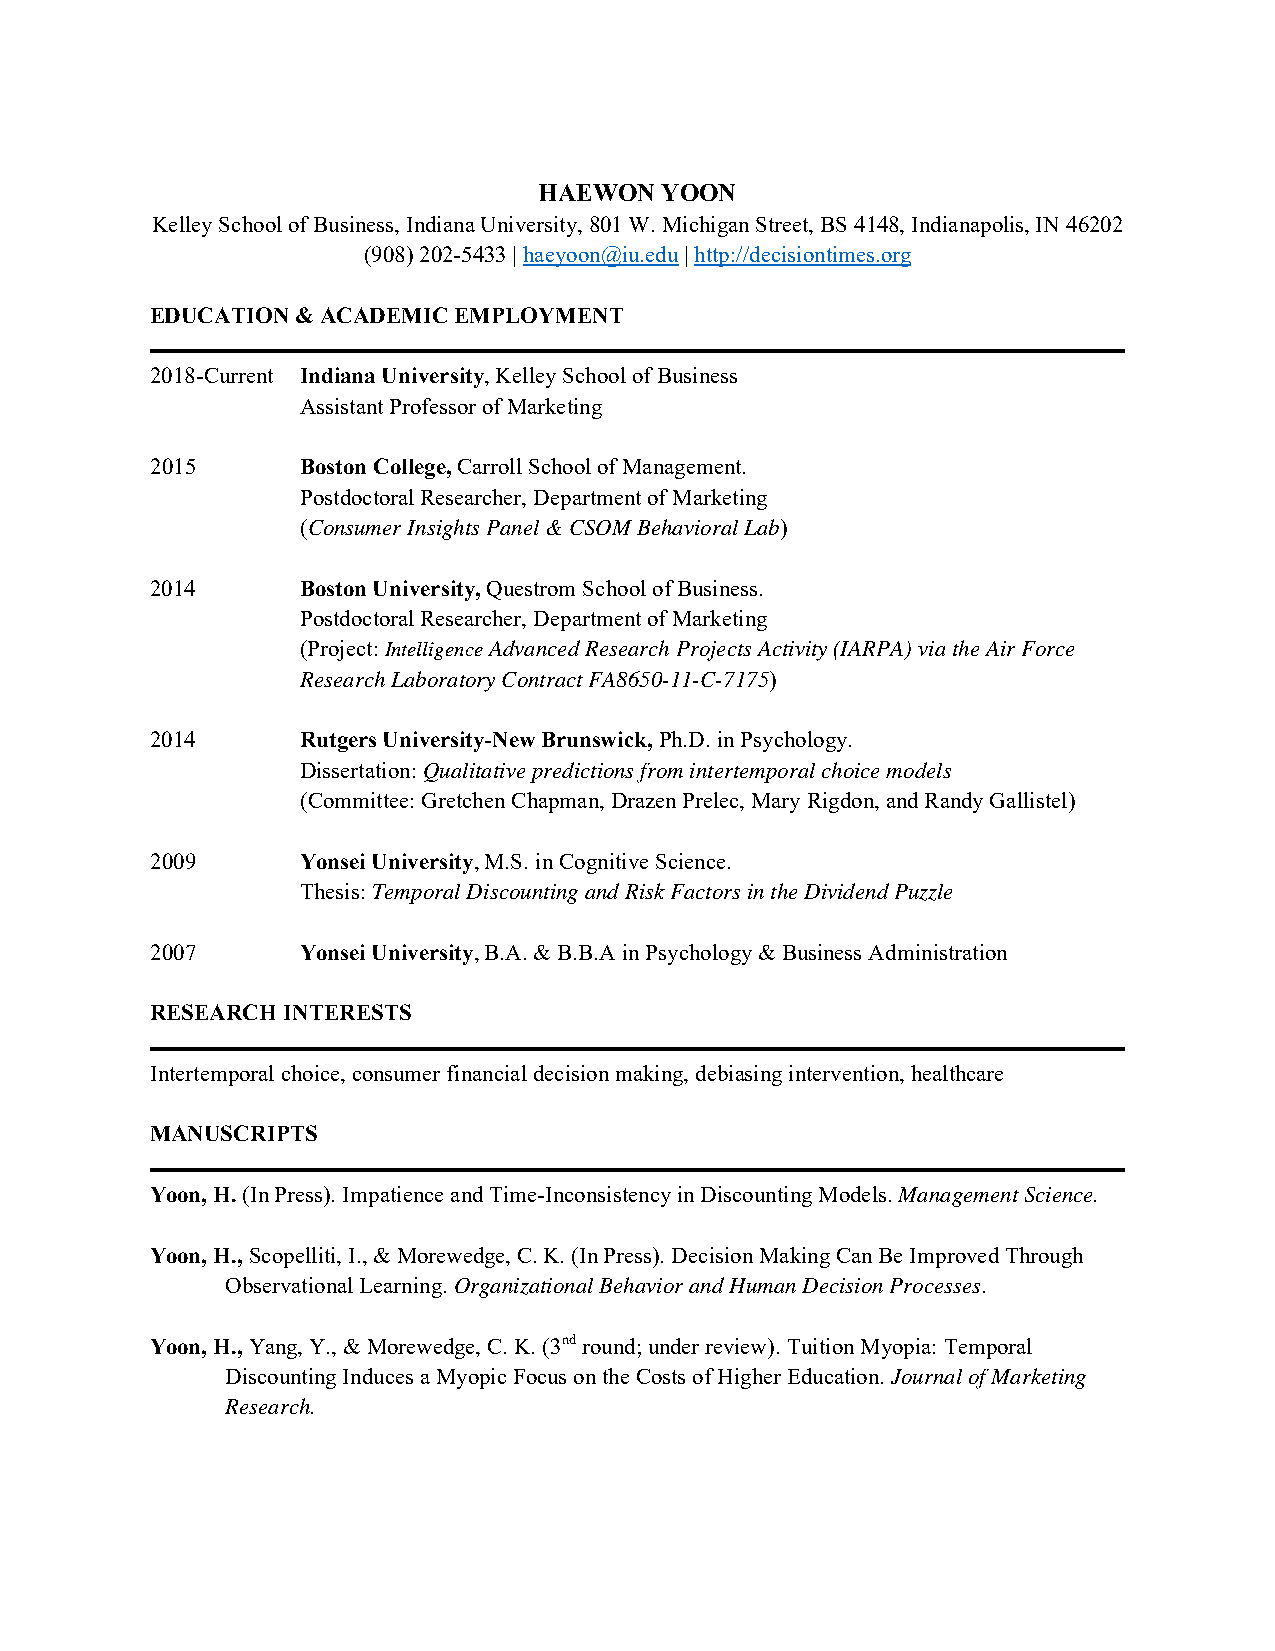
HAEWON  YOON
 Kelley School of Business, Indiana University, 801 W. Michigan Street, BS 4148, Indianapolis, IN 46202
 (908) 202-5433 | haeyoon@iu.edu | http://decisiontimes.org
 EDUCATION & ACADEMIC EMPLOYMENT
 2018-Current Indiana University, Kelley School of Business
 Assistant Professor of Marketing
 2015      Boston College, Carroll School of Management.
 Postdoctoral Researcher, Department of Marketing
 (Consumer Insights Panel & CSOM Behavioral Lab)
 2014      Boston University, Questrom School of Business.
 Postdoctoral Researcher, Department of Marketing
 (Project: Intelligence Advanced Research Projects Activity (IARPA) via the Air Force
 Research Laboratory Contract FA8650-11-C-7175)
 2014      Rutgers University-New Brunswick, Ph.D. in Psychology.
 Dissertation: Qualitative predictions from intertemporal choice models
 (Committee: Gretchen Chapman, Drazen Prelec, Mary Rigdon, and Randy Gallistel)
 2009      Yonsei University, M.S. in Cognitive Science.
 Thesis: Temporal Discounting and Risk Factors in the Dividend Puzzle
 2007      Yonsei University, B.A. & B.B.A in Psychology & Business Administration
 RESEARCH INTERESTS
 Intertemporal choice, consumer financial decision making, debiasing intervention, healthcare
 MANUSCRIPTS
 Yoon, H. (In Press). Impatience and Time-Inconsistency in Discounting Models. Management Science.
 Yoon, H., Scopelliti, I., & Morewedge, C. K. (In Press). Decision Making Can Be Improved Through
 Observational Learning. Organizational Behavior and Human Decision Processes.
 Yoon, H., Yang, Y., & Morewedge, C. K. (3nd round; under review). Tuition Myopia: Temporal
 Discounting Induces a Myopic Focus on the Costs of Higher Education. Journal of Marketing
 Research.